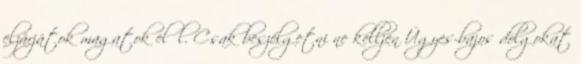
elzárjátok magatok elől. Csak beszélgetni ne kelljen Ügyes-bajos dolgokat